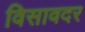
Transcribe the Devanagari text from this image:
विसावदर